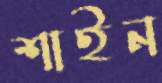
শাইন